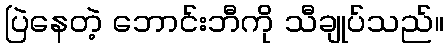
ပြဲနေတဲ့ ဘောင်းဘီကို သီချုပ်သည်။